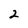
Character: 2